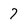
Character: 7